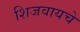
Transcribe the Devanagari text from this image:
शिजवायचे